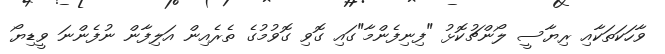
ވާހަކަތަކާއި ރިޔާސީ ލޯންޗުކޮޅު "ފިނިފެންމާ"ގައި ގޮވި ގޮވުމުގެ ތެރެއިން އަލިފާން ނުފެންނަ ވީޑިޔޯ